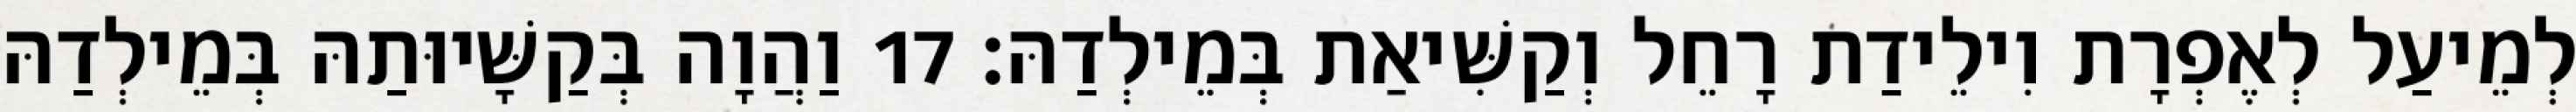
לְמֵיעַל לְאֶפְרָת וִילֵידַת רָחֵל וְקַשִּׁיאַת בְּמֵילְדַהּ׃ 17 וַהֲוָה בְּקַשָּׁיוּתַהּ בְּמֵילְדַהּ